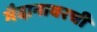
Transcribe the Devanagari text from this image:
मैदानावरची